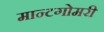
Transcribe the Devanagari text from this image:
मान्टगोमरी